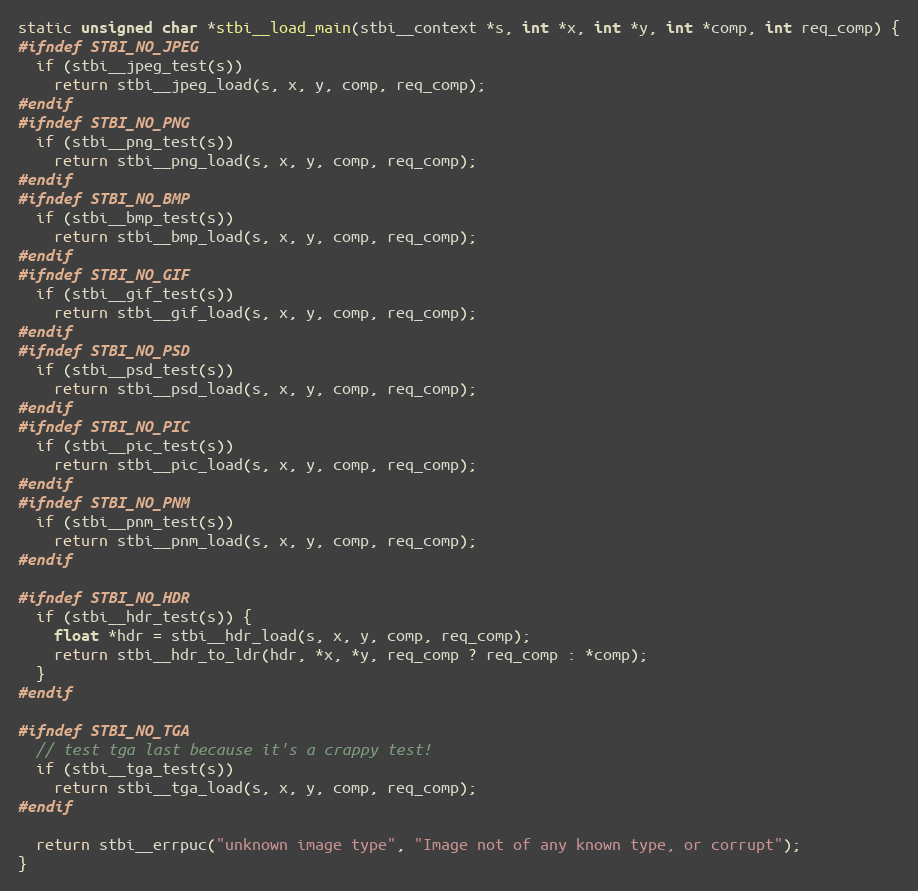
Language: C
static unsigned char *stbi__load_main(stbi__context *s, int *x, int *y, int *comp, int req_comp) {
#ifndef STBI_NO_JPEG
  if (stbi__jpeg_test(s))
    return stbi__jpeg_load(s, x, y, comp, req_comp);
#endif
#ifndef STBI_NO_PNG
  if (stbi__png_test(s))
    return stbi__png_load(s, x, y, comp, req_comp);
#endif
#ifndef STBI_NO_BMP
  if (stbi__bmp_test(s))
    return stbi__bmp_load(s, x, y, comp, req_comp);
#endif
#ifndef STBI_NO_GIF
  if (stbi__gif_test(s))
    return stbi__gif_load(s, x, y, comp, req_comp);
#endif
#ifndef STBI_NO_PSD
  if (stbi__psd_test(s))
    return stbi__psd_load(s, x, y, comp, req_comp);
#endif
#ifndef STBI_NO_PIC
  if (stbi__pic_test(s))
    return stbi__pic_load(s, x, y, comp, req_comp);
#endif
#ifndef STBI_NO_PNM
  if (stbi__pnm_test(s))
    return stbi__pnm_load(s, x, y, comp, req_comp);
#endif

#ifndef STBI_NO_HDR
  if (stbi__hdr_test(s)) {
    float *hdr = stbi__hdr_load(s, x, y, comp, req_comp);
    return stbi__hdr_to_ldr(hdr, *x, *y, req_comp ? req_comp : *comp);
  }
#endif

#ifndef STBI_NO_TGA
  // test tga last because it's a crappy test!
  if (stbi__tga_test(s))
    return stbi__tga_load(s, x, y, comp, req_comp);
#endif

  return stbi__errpuc("unknown image type", "Image not of any known type, or corrupt");
}